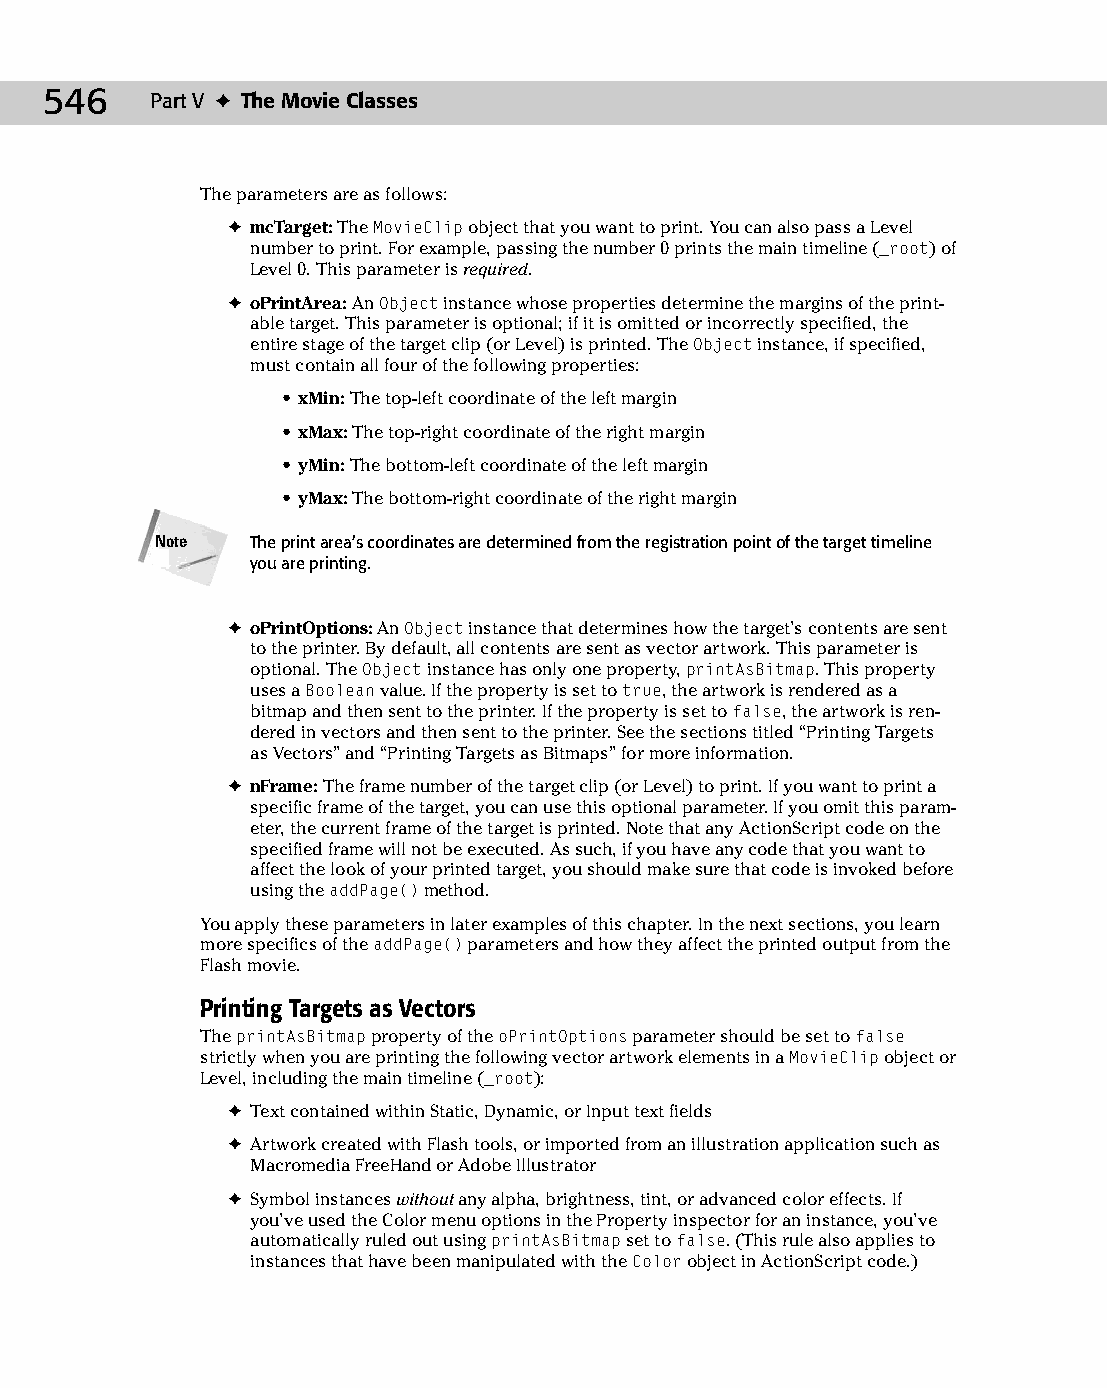
28 543547 ch22.qxd 3/24/04 4:09 PM Page 546
 546    Part V ✦ The Movie Classes
 The parameters are as follows:
 ✦ mcTarget: The MovieClip object that you want to print. You can also pass a Level
 number to print. For example, passing the number 0 prints the main timeline (_root) of
 Level 0. This parameter is required.
 ✦ oPrintArea: An Object instance whose properties determine the margins of the print­
 able target. This parameter is optional; if it is omitted or incorrectly specified, the
 entire stage of the target clip (or Level) is printed. The Object instance, if specified,
 must contain all four of the following properties:
 • xMin: The top-left coordinate of the left margin
 • xMax: The top-right coordinate of the right margin
 • yMin: The bottom-left coordinate of the left margin
 • yMax: The bottom-right coordinate of the right margin
 Note   The print area’s coordinates are determined from the registration point of the target timeline
 you are printing.
 ✦ oPrintOptions: An Object instance that determines how the target’s contents are sent
 to the printer. By default, all contents are sent as vector artwork. This parameter is
 optional. The Object instance has only one property, printAsBitmap. This property
 uses a Boolean value. If the property is set to true, the artwork is rendered as a
 bitmap and then sent to the printer. If the property is set to false, the artwork is ren­
 dered in vectors and then sent to the printer. See the sections titled “Printing Targets
 as Vectors” and “Printing Targets as Bitmaps” for more information.
 ✦ nFrame: The frame number of the target clip (or Level) to print. If you want to print a
 specific frame of the target, you can use this optional parameter. If you omit this param­
 eter, the current frame of the target is printed. Note that any ActionScript code on the
 specified frame will not be executed. As such, if you have any code that you want to
 affect the look of your printed target, you should make sure that code is invoked before
 using the addPage() method.
 You apply these parameters in later examples of this chapter. In the next sections, you learn
 more specifics of the addPage() parameters and how they affect the printed output from the
 Flash movie.
 Printing Targets as Vectors
 The printAsBitmap property of the oPrintOptions parameter should be set to false
 strictly when you are printing the following vector artwork elements in a MovieClip object or
 Level, including the main timeline (_root):
 ✦ Text contained within Static, Dynamic, or Input text fields
 ✦ Artwork created with Flash tools, or imported from an illustration application such as
 Macromedia FreeHand or Adobe Illustrator
 ✦ Symbol instances without any alpha, brightness, tint, or advanced color effects. If
 you’ve used the Color menu options in the Property inspector for an instance, you’ve
 automatically ruled out using printAsBitmap set to false. (This rule also applies to
 instances that have been manipulated with the Color object in ActionScript code.)